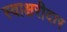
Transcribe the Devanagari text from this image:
स्वाक्षरीदार